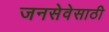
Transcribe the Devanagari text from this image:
जनसेवेसाठी